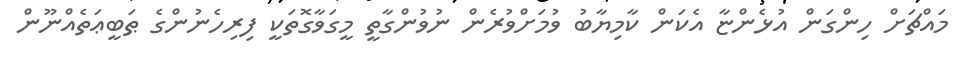
މައްޗަށް ހިންގަން އުޅެންޏާ އެކަން ކާމިޔާބު ވުމަށްވުރެން ނުވުންގާތީ މީގަވާގޮތަކީ ފިރިހެނުންގެ ޠަބީޢަތެއްނޫން